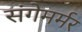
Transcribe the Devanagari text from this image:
संगेमर्मर